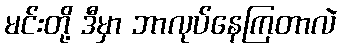
မင်းတို့ ဒီမှာ ဘာလုပ်နေကြတာလဲ